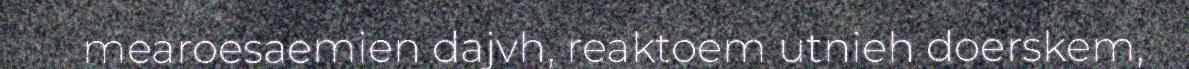
mearoesaemien dajvh, reaktoem utnieh doerskem,